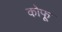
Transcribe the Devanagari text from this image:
कोफू